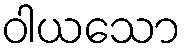
ဝါယသော